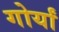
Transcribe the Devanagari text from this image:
गोर्यां